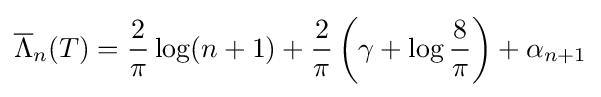
{\overline {\Lambda }}_{n}(T)={\frac {2}{\pi }}\log(n+1)+{\frac {2}{\pi }}\left(\gamma +\log {\frac {8}{\pi }}\right)+\alpha _{n+1}